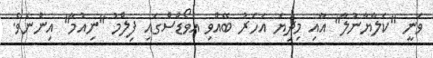
ވަނީ "ކަލާޔާނުލާ" އާއި މިދިޔަ އަހަރު ބޭއްވި އެވޯޑްސްގައި ފިލްމު "ނިއުމާ" އިންނެވެ.